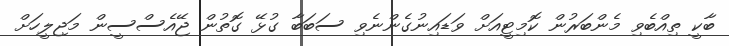
ބާކީ ތިއްބެވި މެންބަރުން ކޮމިޓީއަށް ވަޑައިނުގެންނެވި ސަބަބާ ގުޅޭ ގޮތުން ޖޭއެސްސީން މަޖިލީހަށް